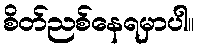
စိတ်ညစ်နေရမှာပါ။